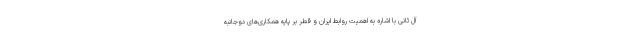
آل ثانی با اشاره به اهمیت روابط ایران و قطر بر پایه همکاری‌های دوجانبه